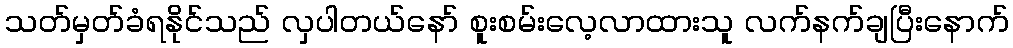
သတ်မှတ်ခံရနိုင်သည် လှပါတယ်နော် စူးစမ်းလေ့လာထားသူ လက်နက်ချပြီးနောက်